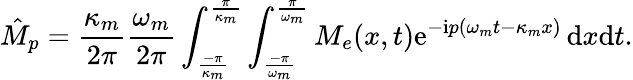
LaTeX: \hat{M}_{p}=\frac{\kappa_{m}}{2\pi}\frac{\omega_{m}}{2\pi}\int_{\frac{-\pi}{\kappa_{m}}}^{\frac{\pi}{\kappa_{m}}}\int_{\frac{-\pi}{\omega_{m}}}^{\frac{\pi}{\omega_{m}}}M_{e}(x,t)\mathrm{e}^{-\mathrm{i}p(\omega_{m}t-\kappa_{m}x)}\, \mathrm{d}x\mathrm{d}t.